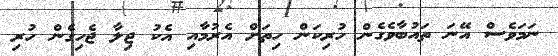
ނަމަވެސް އޭނަ ތައުބާވެގެން ހުރިކަން ހިތަށް އެރުމާއި އެކު ޖިލާ ޖެހިގެން ހުރި